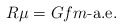
\begin{align*}R\mu=Gfm\mbox{-a.e.}\end{align*}